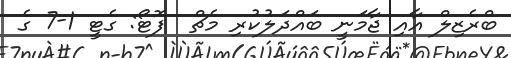
ބްރެޒިލް އާއި ޖާމަނީ ބައްދަލުކުރި މެޗް  ފޮޓޯ: ގެޓީ 1-7 ގެ